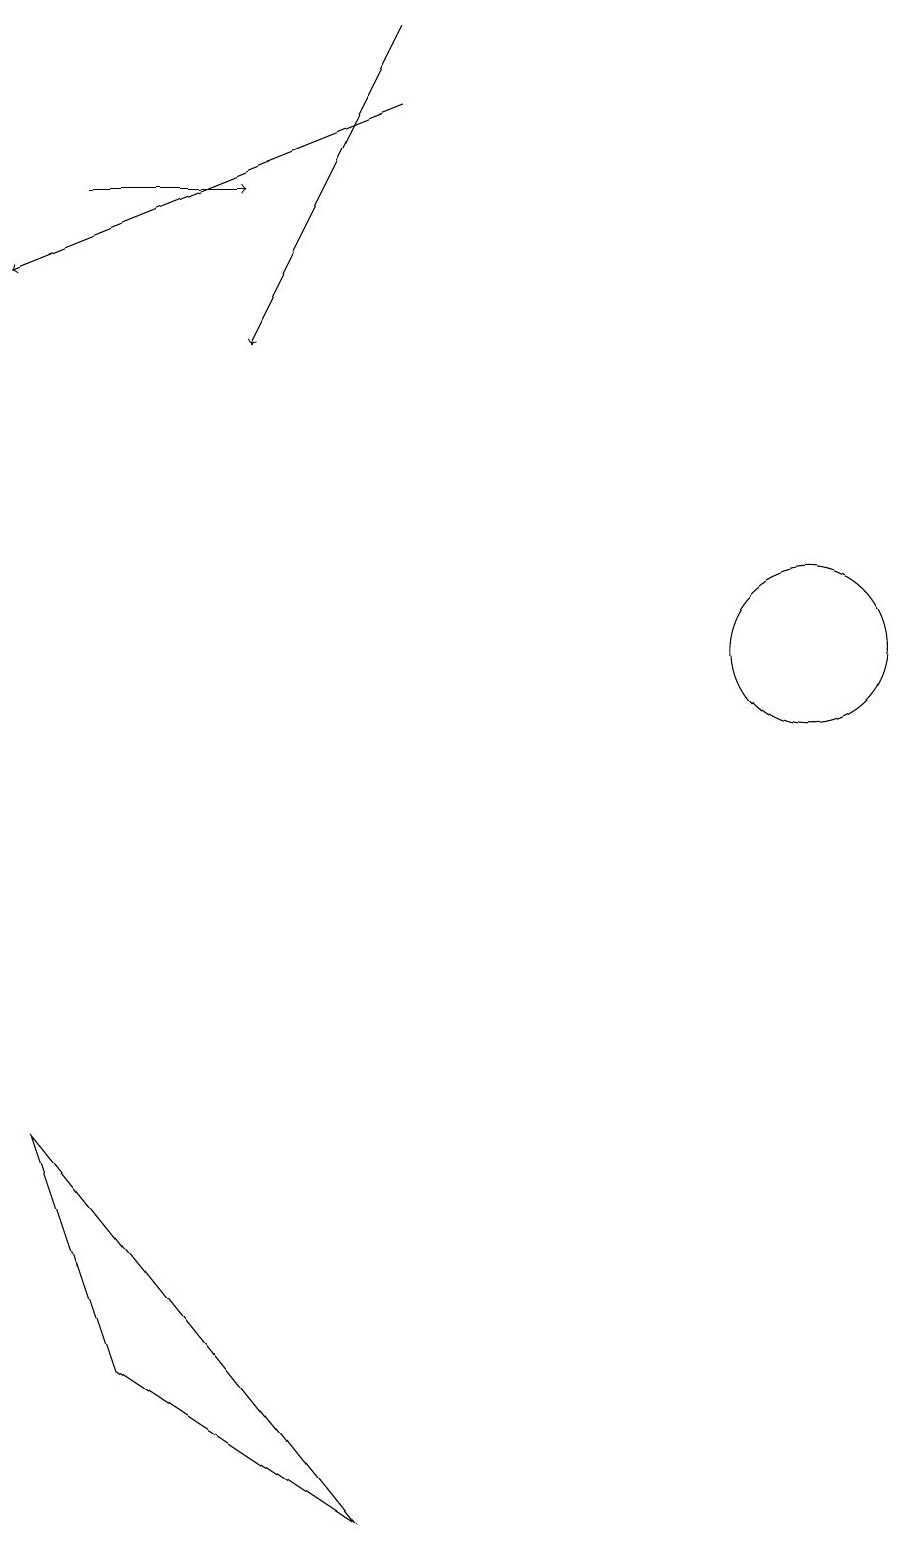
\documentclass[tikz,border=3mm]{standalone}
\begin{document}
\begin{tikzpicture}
\draw[->] (5,19) -- (3,15);
\draw[->] (1,17) -- (3,17);
\draw[->] (5,18) -- (0,16);
\draw (0,5) -- (1,2) -- (4,0) -- cycle;
\draw (10,11) circle (1);
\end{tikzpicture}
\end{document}